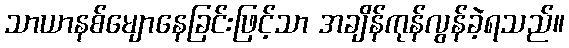
သာယာနစ်မျောနေခြင်းဖြင့်သာ အချိန်ကုန်လွန်ခဲ့ရသည်။